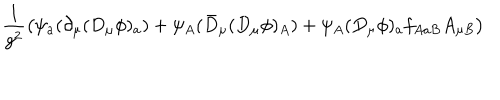
\frac { 1 } { g ^ { 2 } } \left( \psi _ { a } ( \partial _ { \mu } ( D _ { \mu } \phi ) _ { a } ) + \psi _ { A } ( \bar { D } _ { \mu } ( D _ { \mu } \phi ) _ { A } ) + \psi _ { A } ( D _ { \mu } \phi ) _ { a } f _ { A a B } A _ { \mu B } \right)